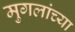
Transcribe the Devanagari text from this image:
मुगलांच्या